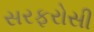
સરફરોસી